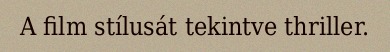
A film stílusát tekintve thriller.